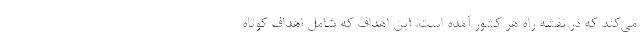
می­‌کند که در نقشه راه هر کشور آمده است. این اهداف که شامل اهداف کوتاه